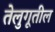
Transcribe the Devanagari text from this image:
तेलुगूतील